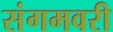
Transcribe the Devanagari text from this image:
संगमवरी